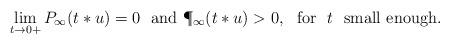
LaTeX: \begin{align*}\lim\limits_{t\rightarrow 0+}P_\infty(t*u)=0 \ \ \mbox{and} \ \P_\infty(t*u)>0, \ \ \mbox{for} \ \ t \ \ \mbox{small enough}.\end{align*}